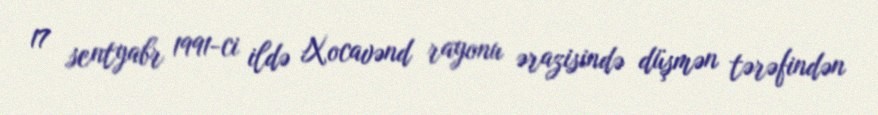
17 sentyabr 1991-ci ildə Xocavənd rayonu ərazisində düşmən tərəfindən